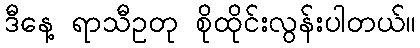
ဒီနေ့ ရာသီဥတု စိုထိုင်းလွန်းပါတယ်။